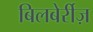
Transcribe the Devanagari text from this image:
बिलबेर्रीज़